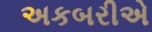
અકબરીએ